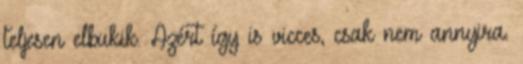
teljesen elbukik. Azért így is vicces, csak nem annyira.